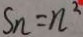
S _ { n } = n ^ { 2 }